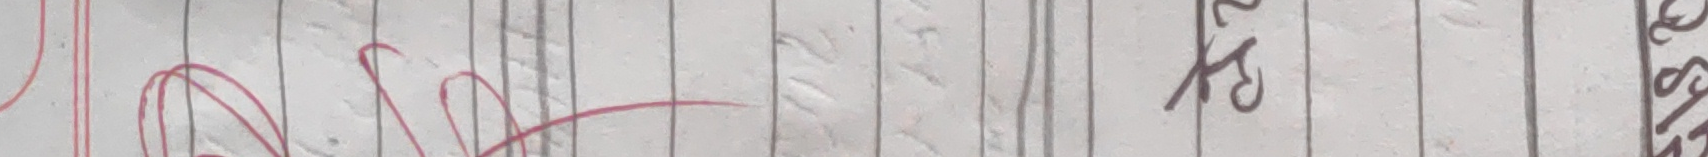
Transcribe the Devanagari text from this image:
हो